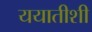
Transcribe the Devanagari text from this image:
ययातीशी